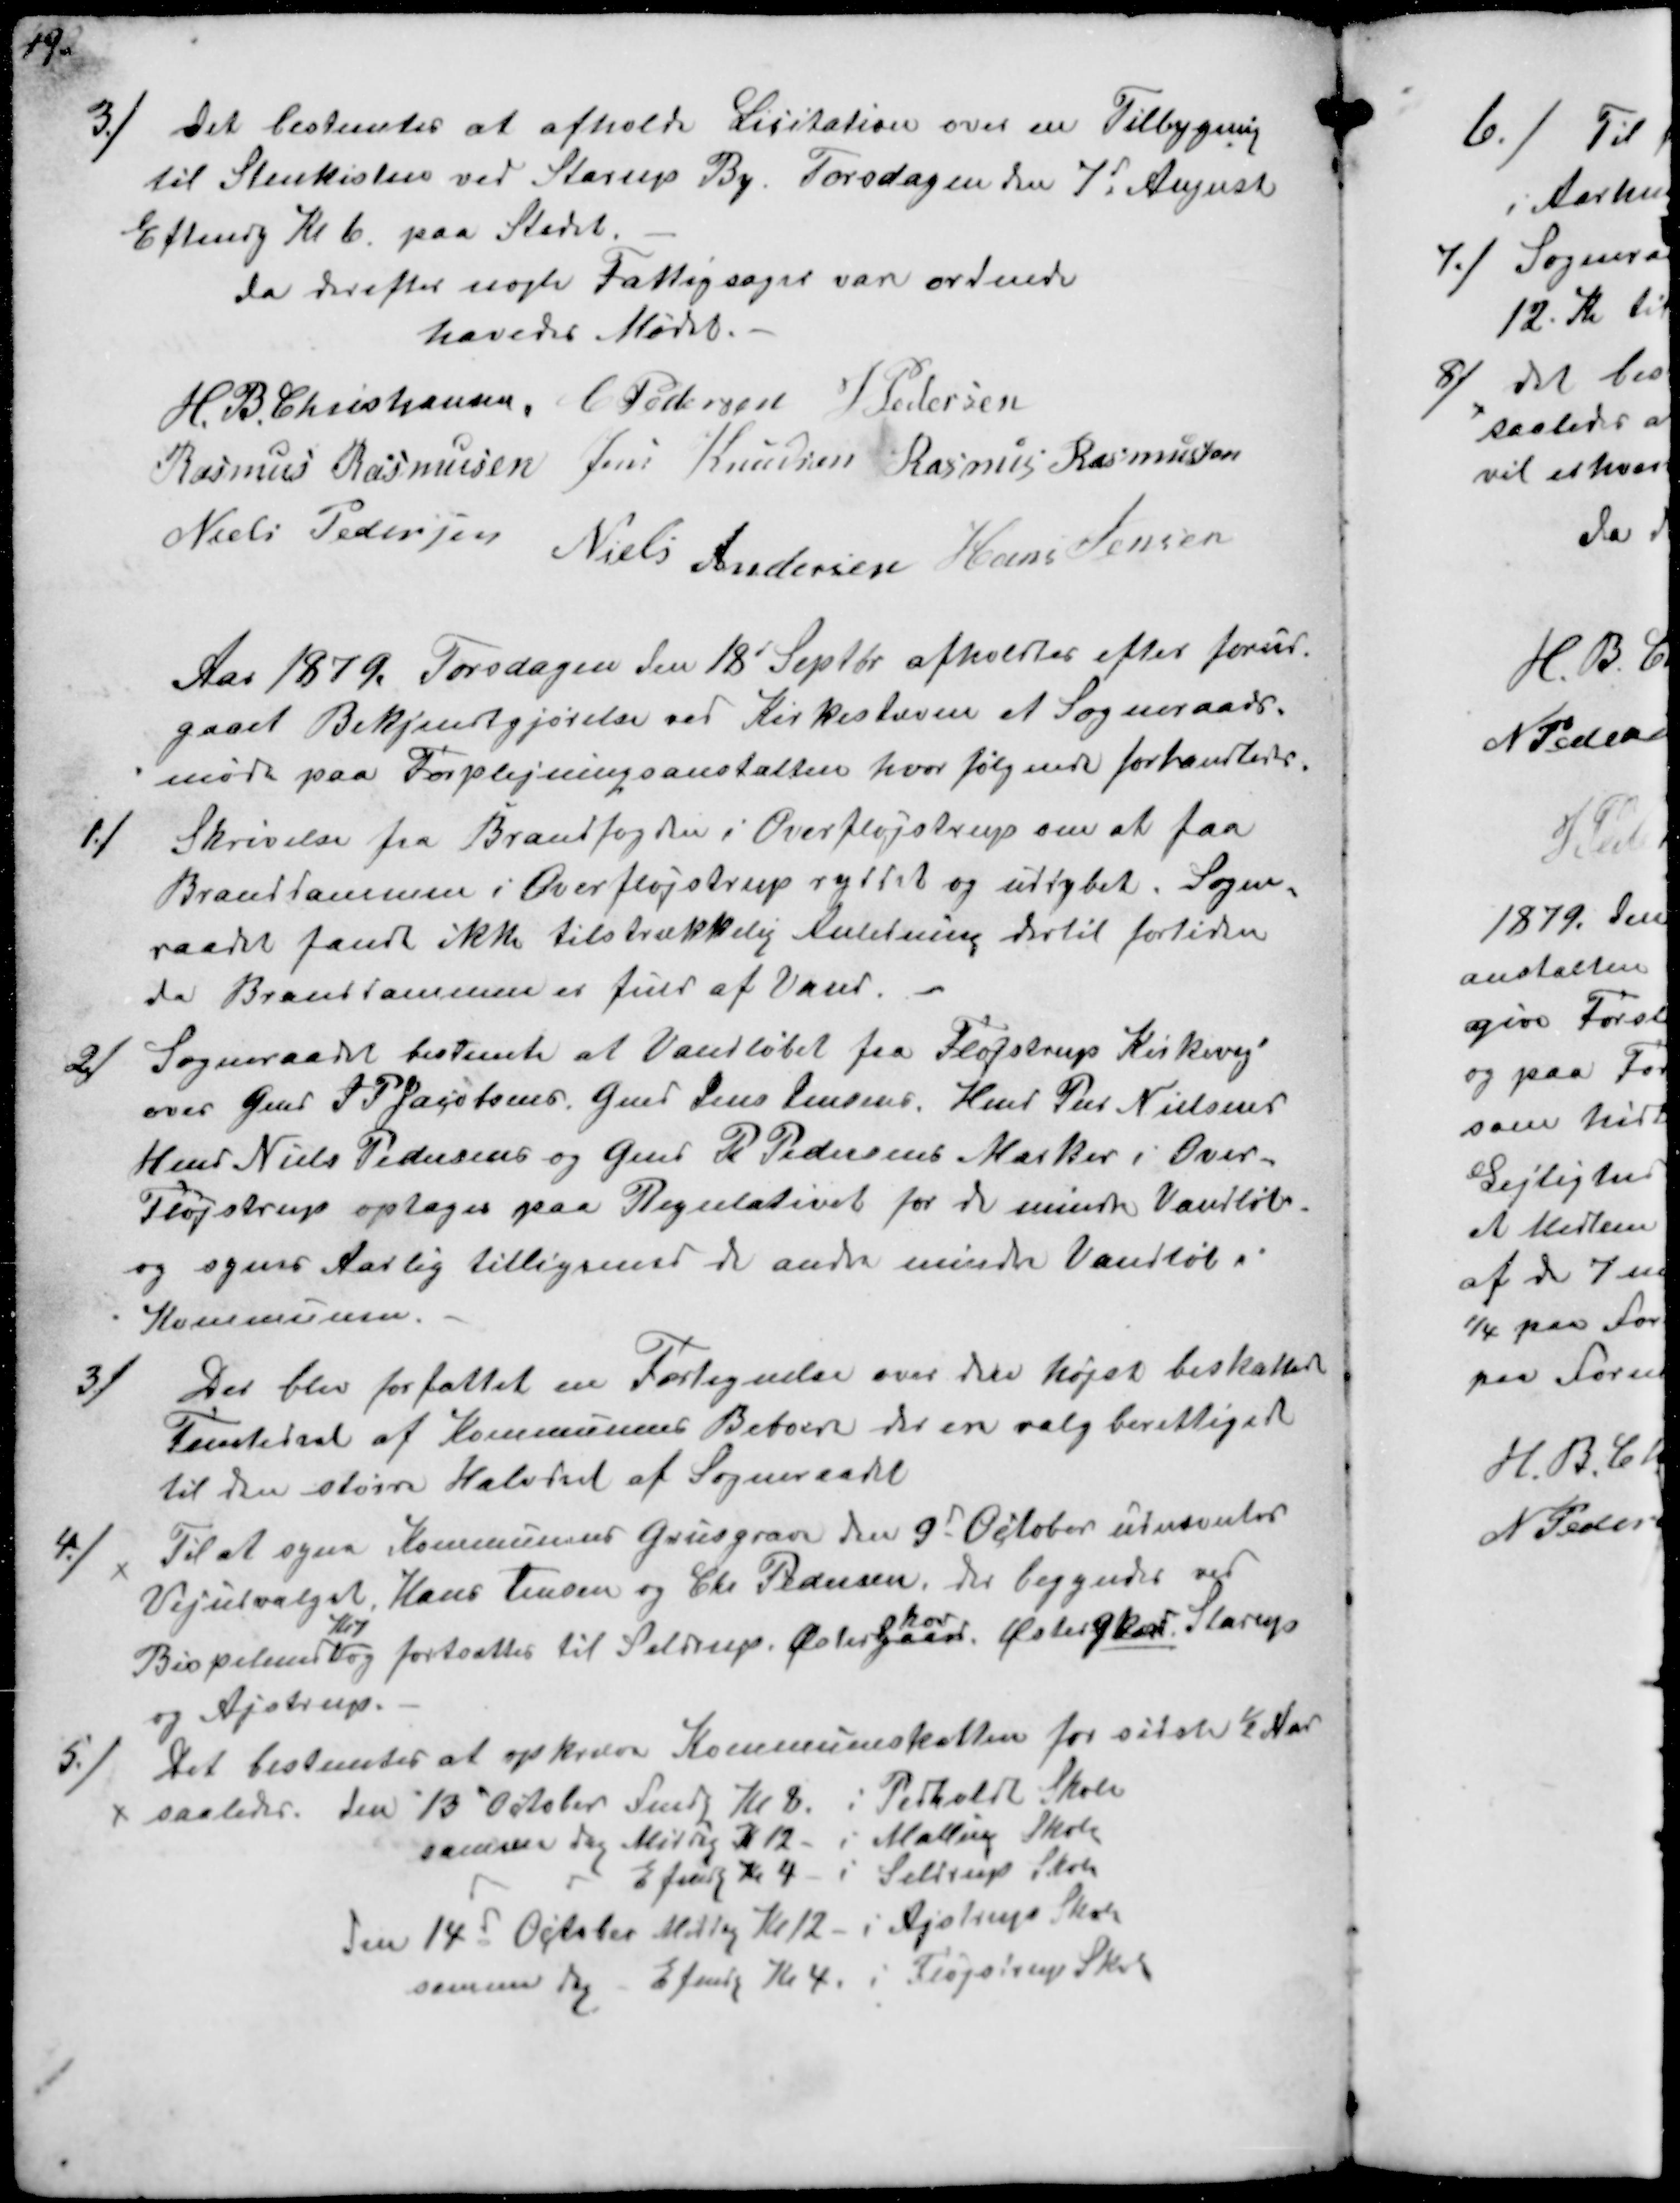
Transskription:
3/
Det bestemtes at afholde Licitation over en Tilbygning
til Stenkisten ved Starup By. Torsdagen den 7d August
Eftmd Kl 6 paa Stedet
da derefter nogle Fattigsag var ordnede
hævedes Mødet
H. B. Christjansen
C Pedersen
J Pedersen
Rasmus Rasmussen
Jens Knudsen
Rasmus Rasmussen
Niels Pedersen
Niels Andersen
Hans Jensen

Aar 1879. Torsdagen den 18' Septbr afholdtes efter forud-
gaaet Bekjendtgjørelse ved Kirkestøvne et Sogneraads-
møde paa Forplejningsanstalten hvor følgende forhandledes.
1/
Skrivelse fra Brandfogden i Overfløjstrup om at faa
Branddammen i Overfløjstrup ryttet og uddybet. Sogne-
raadet fandt ikke tilstrækkelig Anledning dertil fortiden
da Brandsammen er fuld af Vand.
2/
Sogneraadet bestemte at Vandløbet fra Fløjstrup Kirkevej
over Gmd S P Jacobsens Gmd Jens Jensens, Hmd Per Nielsens
Hmd Niels Pedersens og Gmd P Pedersens Marker i Over-
Fløjstrup optages paa Regulativet for de mindre Vandløb.
og synes Aarlig tilligemed de andre mindre Vandløb i
Kommunen.
3/
Der blev fortattet en Fortegnelse over den højs beskattede
Femtedel af Kommunens Beboere der er valgberettigede
til den større Halvdel at Sogneraadet
4/
Til at syne Kommunens Grusgrave den 9d October udnævntes
Vejudvalget Hans Jensen og Chr Pedersen, der begyndes ved
Bispelund
Kl.7
og fortsættes til Seldrup. Østergård
skov
Østergaard Starup
og Ajstrup.
5/
Det bestemtes at opkræve Kommuneskatten for sidste ½ Aar
saaledes. den 13 October Fmd Kl 8 i Pedkoldt Skole
samme Dag Middag K 12 i Malling Skole
Eftmdg Kl 4 i Seldrup Skole
den 14d October Middag Kl 12 i Ajstrup Skole
somme Dag Efmdg Kl 4 i Fløpstrup Skole